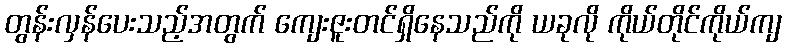
တွန်းလှန်ပေးသည့်အတွက် ကျေးဇူးတင်ရှိနေသည်ကို ယခုလို ကိုယ်တိုင်ကိုယ်ကျ